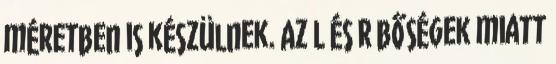
méretben is készülnek. Az L és R bőségek miatt